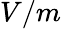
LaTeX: V/m